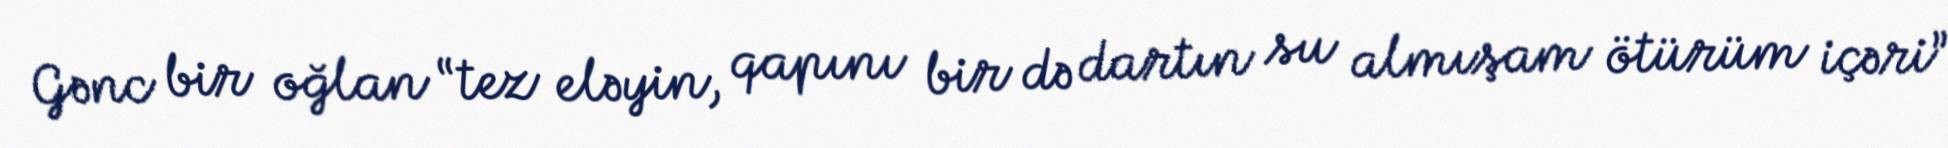
Gənc bir oğlan “tez eləyin, qapını bir də dartın su almışam ötürüm içəri”